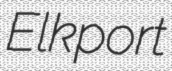
Elkport